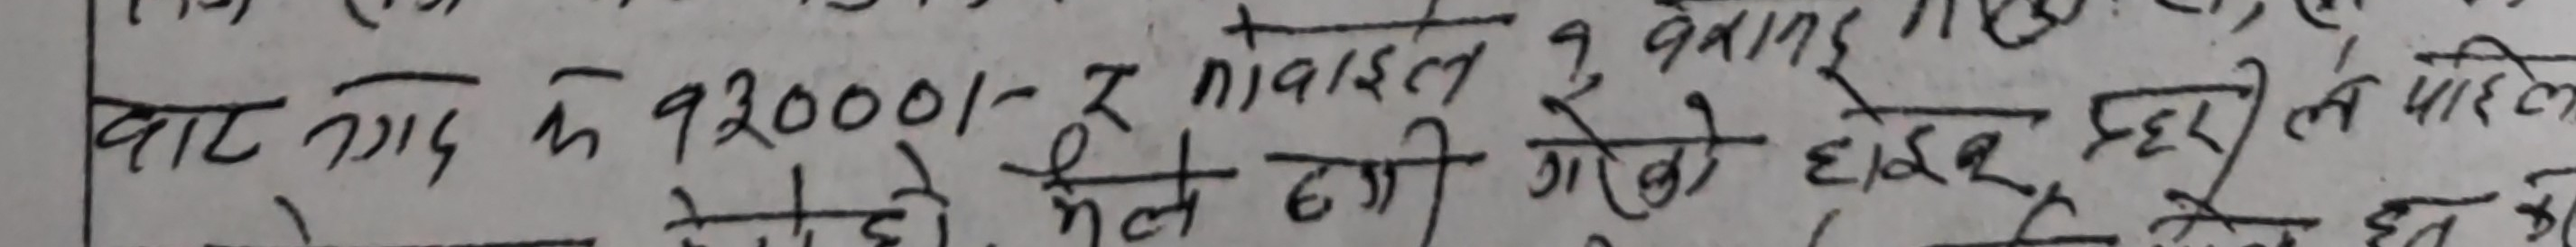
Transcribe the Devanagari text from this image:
बाट गए कि 92000/-₹ मोबाइल 2 व्यानर हरेर पहिले